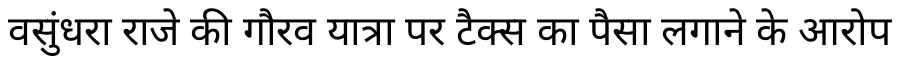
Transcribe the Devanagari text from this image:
वसुंधरा राजे की गौरव यात्रा पर टैक्स का पैसा लगाने के आरोप